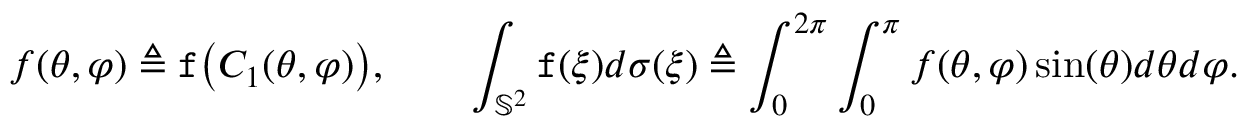
f ( \theta , \varphi ) \triangleq \mathtt { f } \big ( C _ { 1 } ( \theta , \varphi ) \big ) , \qquad \int _ { \mathbb { S } ^ { 2 } } \mathtt { f } ( \xi ) d \sigma ( \xi ) \triangleq \int _ { 0 } ^ { 2 \pi } \int _ { 0 } ^ { \pi } f ( \theta , \varphi ) \sin ( \theta ) d \theta d \varphi .